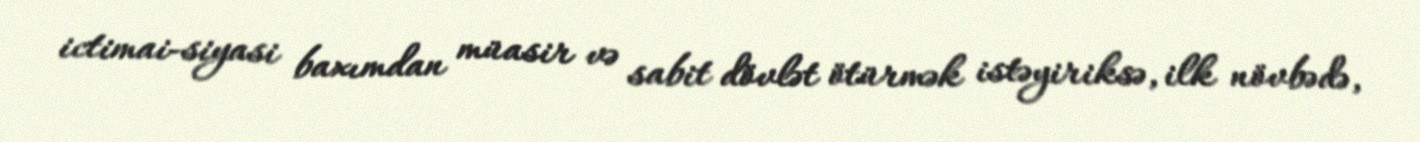
ictimai-siyasi baxımdan müasir və sabit dövlət ötürmək istəyiriksə, ilk növbədə,